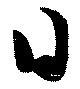
日